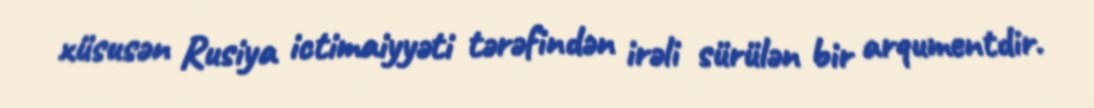
xüsusən Rusiya ictimaiyyəti tərəfindən irəli sürülən bir arqumentdir.